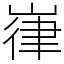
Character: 嵂